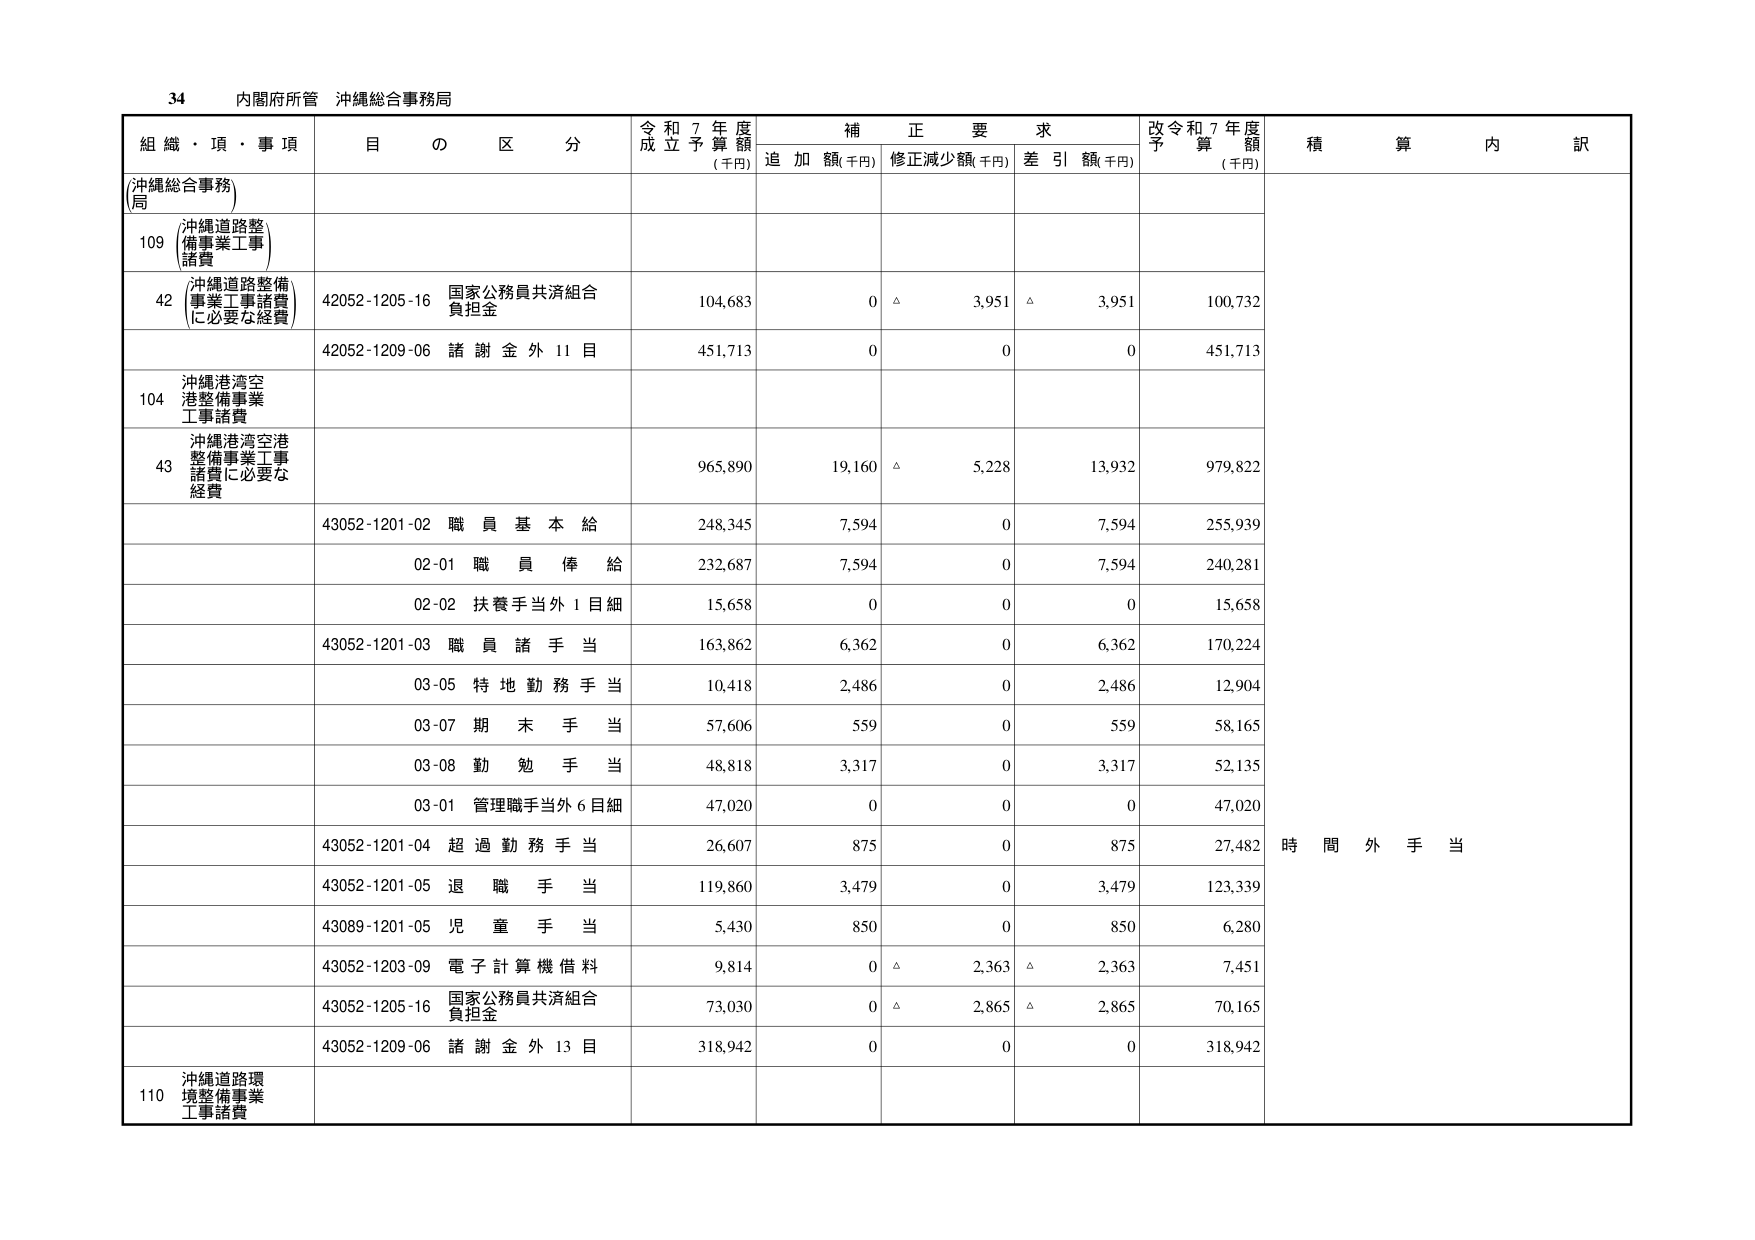
34 内閣府所管 沖縄総合事務局

組織・項・事項 目の区分 令和7年度成立予算額(千円) 補正要求 追加額(千円) 修正減少額(千円) 差引額(千円) 改令和7年度予算額(千円) 積算内訳

(沖縄総合事務局)

109 沖縄道路整備事業工事諸費

42 (沖縄道路整備事業工事諸費に必要な経費) 42052-1205-16 国家公務員共済組合負担金 104,683 0 △ 3,951 △ 3,951 100,732

42052-1209-06 諸謝金外11目 451,713 0 0 0 451,713

104 沖縄港湾空港整備事業工事諸費

43 沖縄港湾空港整備事業工事諸費に必要な経費 965,890 19,160 △ 5,228 13,932 979,822

43052-1201-02 職員基本給 248,345 7,594 0 7,594 255,939

02-01 職員俸給 232,687 7,594 0 7,594 240,281

02-02 扶養手当外1目細 15,658 0 0 0 15,658

43052-1201-03 職員諸手当 163,862 6,362 0 6,362 170,224

03-05 特地勤務手当 10,418 2,486 0 2,486 12,904

03-07 期末手当 57,606 559 0 559 58,165

03-08 勤勉手当 48,818 3,317 0 3,317 52,135

03-01 管理職手当外6目細 47,020 0 0 0 47,020

43052-1201-04 超過勤務手当 26,607 875 0 875 27,482 時間外手当

43052-1201-05 退職手当 119,860 3,479 0 3,479 123,339

43089-1201-05 児童手当 5,430 850 0 850 6,280

43052-1203-09 電子計算機借料 9,814 0 △ 2,363 △ 2,363 7,451

43052-1205-16 国家公務員共済組合負担金 73,030 0 △ 2,865 △ 2,865 70,165

43052-1209-06 諸謝金外13目 318,942 0 0 0 318,942

110 沖縄道路環境整備事業工事諸費